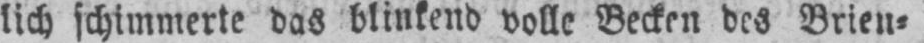
lich schimmerte das blinkend volle Becken des Brien⸗